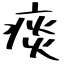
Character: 痰